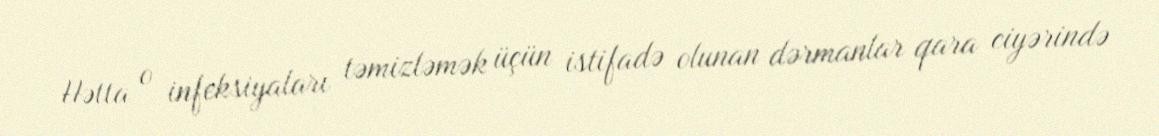
Hətta o infeksiyaları təmizləmək üçün istifadə olunan dərmanlar qara ciyərində